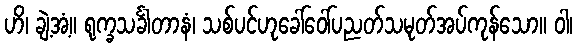
ဟိ၊ ချဲ့အံ့။ ရုက္ခသင်္ခါတာနံ၊ သစ်ပင်ဟုခေါ်ဝေါ်ပညတ်သမုတ်အပ်ကုန်သော။ ဝါ၊